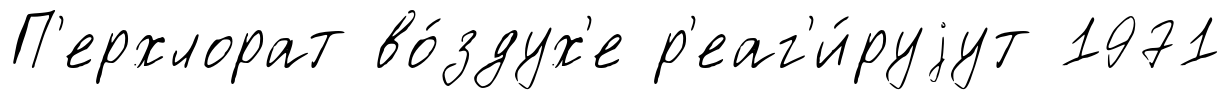
П'ерхлорат во́здух'е р'еаг'и́руjут 1971